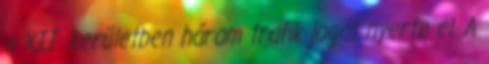
a XII. kerületben három trafik jogát nyerte el. A